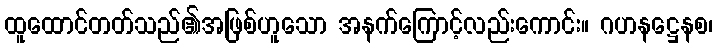
ထူထောင်တတ်သည်၏အဖြစ်ဟူသော အနက်ကြောင့်လည်းကောင်း။ ဂဟနဋ္ဌေနစ၊